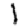
Digit: 1